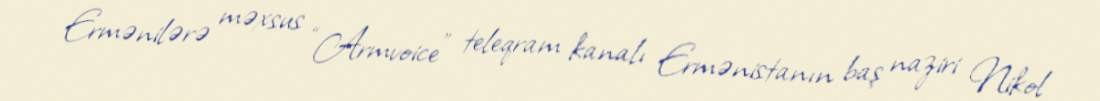
Ermənilərə məxsus “Armvoice” teleqram kanalı Ermənistanın baş naziri Nikol